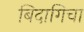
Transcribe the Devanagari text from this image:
बिदागिचा